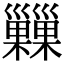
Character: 𢀌